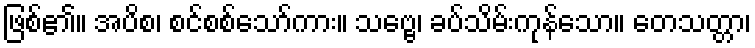
ဖြစ်၏။ အပိစ၊ စင်စစ်သော်ကား။ သဗ္ဗေ၊ ခပ်သိမ်းကုန်သော။ တေသတ္တာ၊